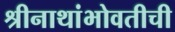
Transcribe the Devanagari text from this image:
श्रीनाथांभोवतीची